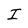
Character: I